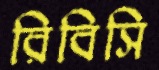
রিবিসি